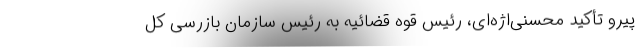
پیرو تأکید محسنی‌اژه‌ای، رئیس قوه قضائیه به رئیس سازمان بازرسی کل